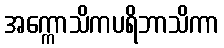
အက္ကောသိကပရိဘာသိကာ